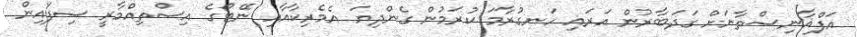
އަފްޣާނިސްތާނަށް ގަދަބާރުން އަރައި ހަނގުރާމަ ކުރަމުން ގެންދިޔަ އެމެރިކާއާއި ނޭޓޯގެ އިސްތިއްމާރީ ސިފައިން